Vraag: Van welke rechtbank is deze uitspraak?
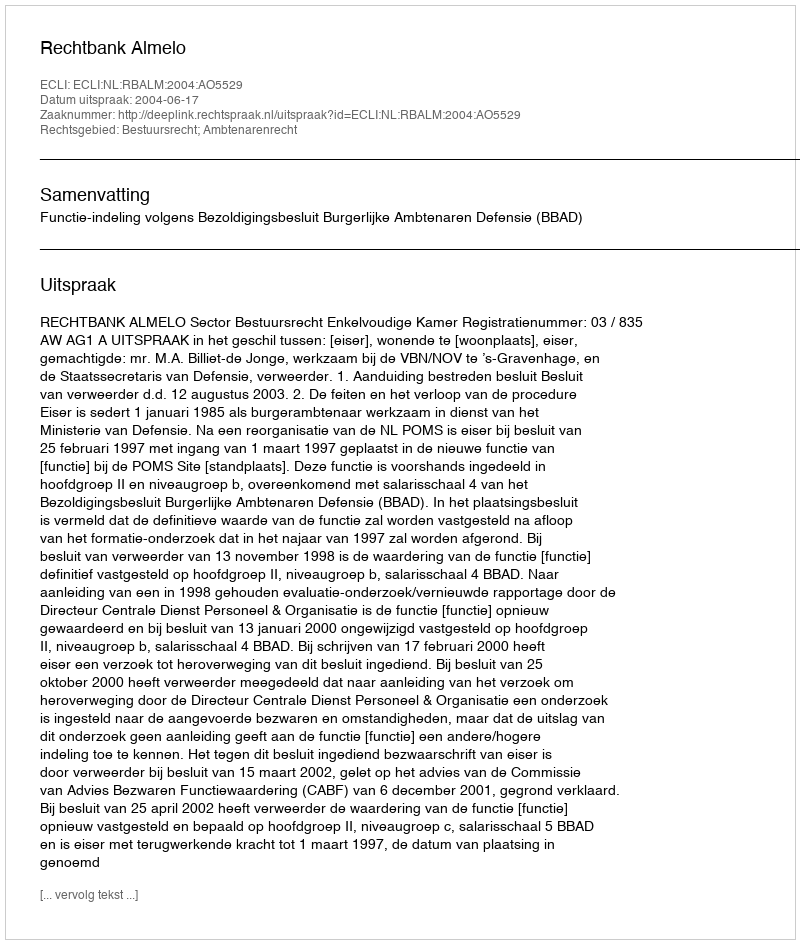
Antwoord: Rechtbank Almelo